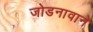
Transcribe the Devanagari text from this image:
जोडनावाने